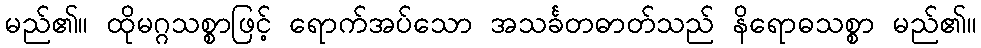
မည်၏။ ထိုမဂ္ဂသစ္စာဖြင့် ရောက်အပ်သော အသင်္ခတဓာတ်သည် နိရောဓသစ္စာ မည်၏။